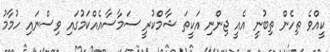
ކީއްވެ ތިހެން ތިބުނީ އެއީ ޖިންނި އަކީތަ ޝާމްކުރީ ސަމާސާއެއްކަމުގައި ވިސްނައި ހުމާމު